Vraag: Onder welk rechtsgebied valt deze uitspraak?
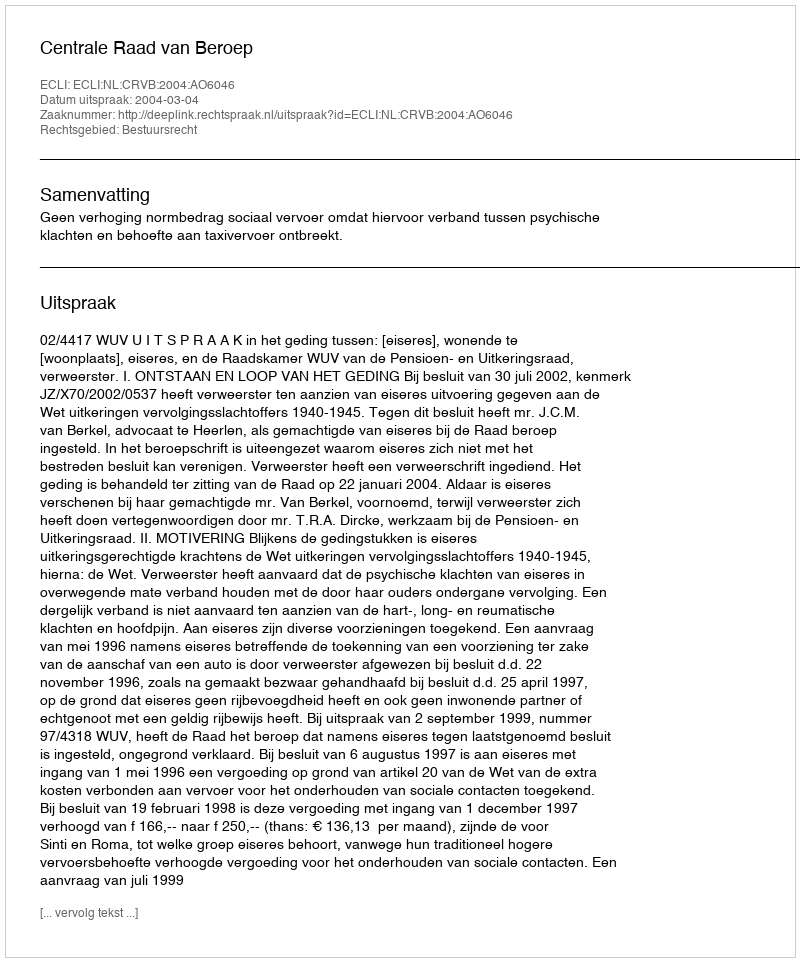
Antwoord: Bestuursrecht